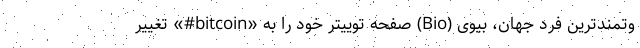
وتمندترین فرد جهان، بیوی (Bio) صفحه توییتر خود را به «bitcoin#» تغییر